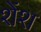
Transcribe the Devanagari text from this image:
शेंश